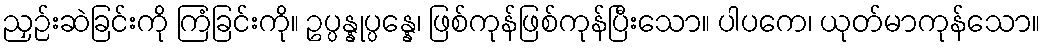
ညှဉ်းဆဲခြင်းကို ကြံခြင်းကို။ ဥပ္ပန္နုပ္ပန္နေ၊ ဖြစ်ကုန်ဖြစ်ကုန်ပြီးသော။ ပါပကေ၊ ယုတ်မာကုန်သော။